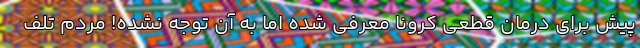
پیش برای درمان قطعی کرونا معرفی شده اما به آن توجه نشده! مردم تلف